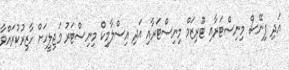
އަދި ފިނޭސް މިނިސްޓަރާއި ޓޫރިޒަމް މިނިސްޓަރާއި އަދި އިސްލާމިކް މިނިސްޓަރު މަޖިލީހަށް ހާޒިރުކުރައްވާ